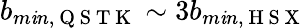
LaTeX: b_{m\mathit{i}n,\mathrm{{~Q~S~T~K~}}}\sim3b_{m\mathit{i}n,\mathrm{{~H~S~X~}}}